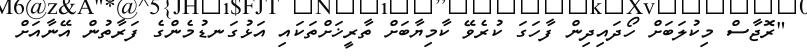
"ރޮޖާސް މިކުލަބަށް ހޯދައިދިން ފާހަގަ ކުރެވޭ ކާމިޔާބަށް ތާރީޚަށްތަކައި އަޅުގަނޑުމެންގެ ފަރާތުން އޭނާއަށް